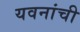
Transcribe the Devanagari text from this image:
यवनांची